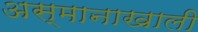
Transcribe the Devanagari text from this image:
अस्मानाखाली